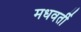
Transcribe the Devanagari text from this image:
मधवर्ती